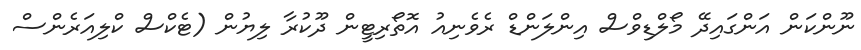
ނޫންކަން އަންގައިދޭ މޯލްޑިވްސް އިންލަންޑް ރެވެނިއު އޮތޯރިޓީން ދޫކުރާ ލިޔުން (ޓެކްސް ކްލިއަރެންސް